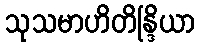
သုသမာဟိတိန္ဒြိယာ